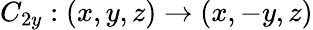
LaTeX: C_{2y}:(x,y,z)\to(x,-y,z)